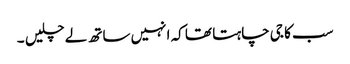
سب کا جی چاہتا تھا کہ انہیں ساتھ لے چلیں ۔